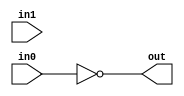
module checkMultiBitAnd(out, in0, in1); 
output [3:0] out; 
input [3:0] in0, in1; 

not not1(out, in0); 

endmodule